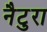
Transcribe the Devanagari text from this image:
नैटुरा